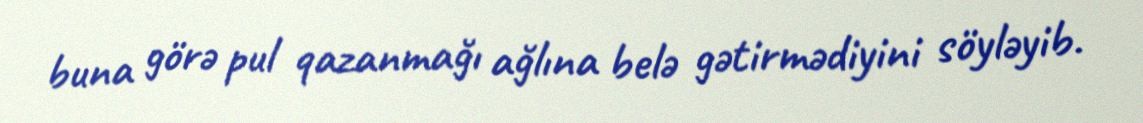
buna görə pul qazanmağı ağlına belə gətirmədiyini söyləyib.